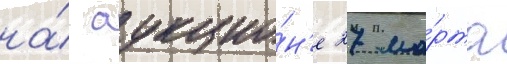
на́ аукцио́н'е 27 ма́рта